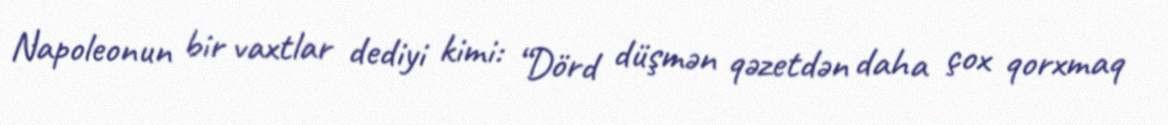
Napoleonun bir vaxtlar dediyi kimi: “Dörd düşmən qəzetdən daha çox qorxmaq